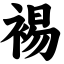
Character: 裼